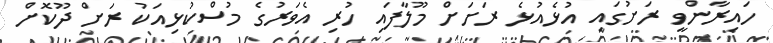
ހައިރާންވީ ރަށުގައި އުޅެއުޅެ ރަށަށް މޫލާފައި ހުރި އެވަރުގެ މުސްކުޅިއަކު ރަށް ދޫކޮށް